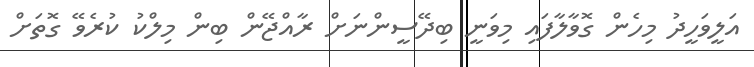
އަލީވަހީދު މިހެން ގޮވާލާފައި މިވަނީ ބިދޭސީންނަށް ރާއްޖޭން ބިން މިލްކު ކުރެވޭ ގޮތަށް